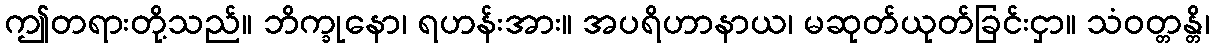
ဤတရားတို့သည်။ ဘိက္ခုနော၊ ရဟန်းအား။ အပရိဟာနာယ၊ မဆုတ်ယုတ်ခြင်းငှာ။ သံဝတ္တန္တိ၊